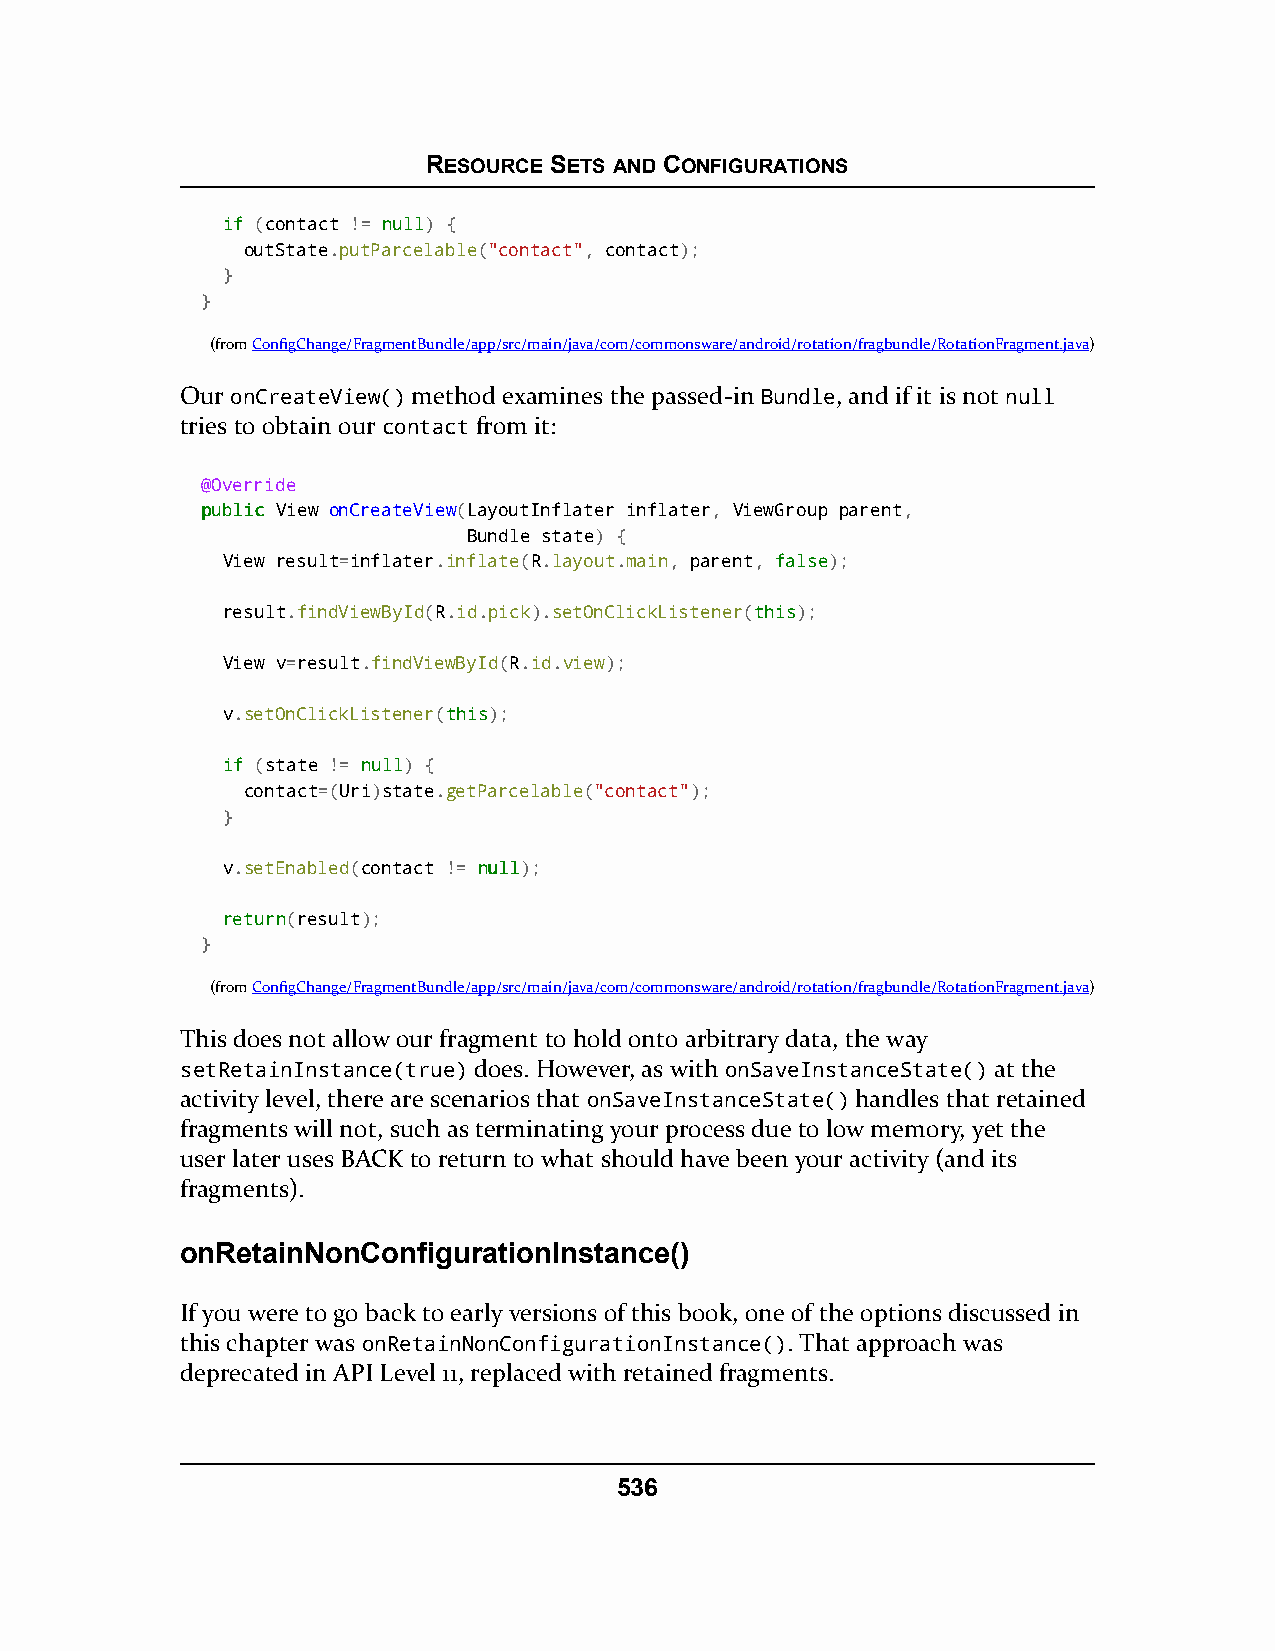
RESOURCE SETS AND CONFIGURATIONS
 iiff (contact != nnuullll) {
 outState.putParcelable("contact", contact);
 }
 }
 (fromConfigChange/FragmentBundle/app/src/main/java/com/commonsware/android/rotation/fragbundle/RotationFragment.java)
 Our onCreateView() method examines the passed-in Bundle, and if it is not null
 tries to obtain our contact from it:
 @Override
 ppuubblliicc View onCreateView(LayoutInflater inflater, ViewGroup parent,
 Bundle state) {
 View result=inflater.inflate(R.layout.main, parent, ffaallssee);
 result.findViewById(R.id.pick).setOnClickListener(tthhiiss);
 View v=result.findViewById(R.id.view);
 v.setOnClickListener(tthhiiss);
 iiff (state != nnuullll) {
 contact=(Uri)state.getParcelable("contact");
 }
 v.setEnabled(contact != nnuullll);
 rreettuurrnn(result);
 }
 (fromConfigChange/FragmentBundle/app/src/main/java/com/commonsware/android/rotation/fragbundle/RotationFragment.java)
 This does not allow our fragment to hold onto arbitrary data, the way
 setRetainInstance(true) does. However, as with onSaveInstanceState() at the
 activity level, there are scenarios that onSaveInstanceState() handles that retained
 fragments will not, such as terminating your process due to low memory, yet the
 user later uses BACK to return to what should have been your activity (and its
 fragments).
 onRetainNonConfigurationInstance()
 If you were to go back to early versions of this book, one of the options discussed in
 this chapter was onRetainNonConfigurationInstance(). That approach was
 deprecated in API Level 11, replaced with retained fragments.
 536